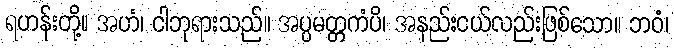
ရဟန်းတို့။ အဟံ၊ ငါဘုရားသည်။ အပ္ပမတ္တကံပိ၊ အနည်းငယ်လည်းဖြစ်သော။ ဘဝံ၊